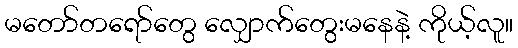
မတော်တရော်တွေ လျှောက်တွေးမနေနဲ့ ကိုယ့်လူ။